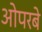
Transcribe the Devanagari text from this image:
ओपरबे